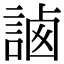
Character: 𧨼